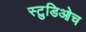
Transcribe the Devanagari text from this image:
स्टुडिओच